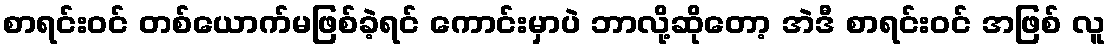
စာရင်းဝင် တစ်ယောက်မဖြစ်ခဲ့ရင် ကောင်းမှာပဲ ဘာလို့ဆိုတော့ အဲဒီ စာရင်းဝင် အဖြစ် လူ